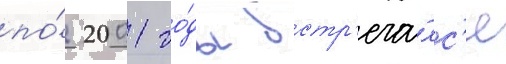
по́ 2001 го́ды встр'еча́лс'я